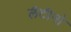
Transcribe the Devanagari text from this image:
लैटीनो